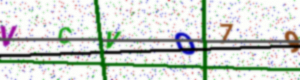
Text: VCVO79